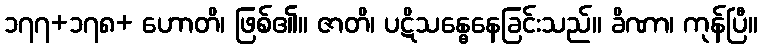
၁၇၇+၁၇၈+ ဟောတိ၊ ဖြစ်၏။ ဇာတိ၊ ပဋိသန္ဓေနေခြင်းသည်။ ခိဏာ၊ ကုန်ပြီ။